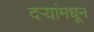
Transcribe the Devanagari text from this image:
दऱ्यांमधून